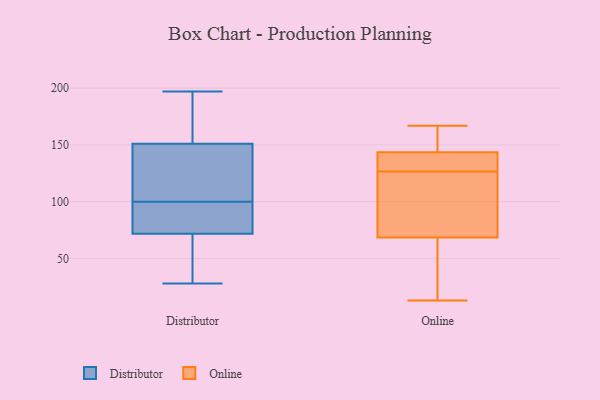
{"axis": {"x": "Humidity (%)", "y": "Value"}, "legend": ["Distributor", "Online"], "data": [{"x": "", "y": 58, "type": "Distributor"}, {"x": "", "y": 174, "type": "Distributor"}, {"x": "", "y": 121, "type": "Distributor"}, {"x": "", "y": 89, "type": "Distributor"}, {"x": "", "y": 71, "type": "Distributor"}, {"x": "", "y": 100, "type": "Distributor"}, {"x": "", "y": 28, "type": "Distributor"}, {"x": "", "y": 79, "type": "Distributor"}, {"x": "", "y": 88, "type": "Distributor"}, {"x": "", "y": 156, "type": "Distributor"}, {"x": "", "y": 150, "type": "Distributor"}, {"x": "", "y": 197, "type": "Distributor"}, {"x": "", "y": 106, "type": "Distributor"}, {"x": "", "y": 145, "type": "Distributor"}, {"x": "", "y": 35, "type": "Distributor"}, {"x": "", "y": 72, "type": "Distributor"}, {"x": "", "y": 154, "type": "Distributor"}, {"x": "", "y": 43, "type": "Online"}, {"x": "", "y": 130, "type": "Online"}, {"x": "", "y": 145, "type": "Online"}, {"x": "", "y": 158, "type": "Online"}, {"x": "", "y": 13, "type": "Online"}, {"x": "", "y": 51, "type": "Online"}, {"x": "", "y": 52, "type": "Online"}, {"x": "", "y": 159, "type": "Online"}, {"x": "", "y": 138, "type": "Online"}, {"x": "", "y": 85, "type": "Online"}, {"x": "", "y": 87, "type": "Online"}, {"x": "", "y": 142, "type": "Online"}, {"x": "", "y": 123, "type": "Online"}, {"x": "", "y": 139, "type": "Online"}, {"x": "", "y": 167, "type": "Online"}, {"x": "", "y": 92, "type": "Online"}]}